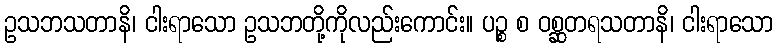
ဥသဘသတာနိ၊ ငါးရာသော ဥသဘတို့ကိုလည်းကောင်း။ ပဉ္စ စ ဝစ္ဆတရသတာနိ၊ ငါးရာသော